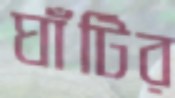
ঘাঁটির